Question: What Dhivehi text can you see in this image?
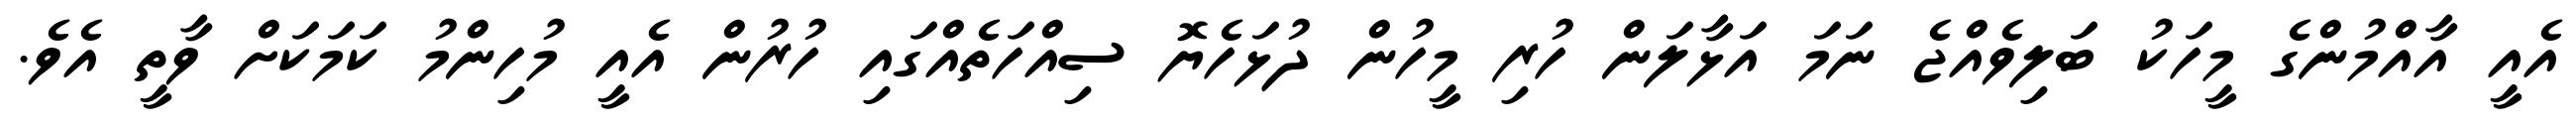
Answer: އެއީ އާއްމުންގެ މީހަކު ބަލިވެއްޖެ ނަމަ އަޅާލަން ހުރި މީހުން ދުޅަހެޔޮ ސިއްހަތެއްގައި ހުރުން އެއީ މުހިންމު ކަމަކަށް ވާތީ އެވެ.